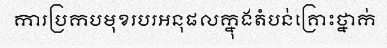
ការប្រកបមុខរបរអនុផលក្នុងតំបន់គ្រោះថ្នាក់